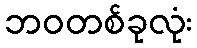
ဘဝတစ်ခုလုံး